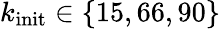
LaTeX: k_{\textrm{init}}\in\{ 15,66,90\}